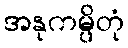
အနုကမ္ပိတုံ